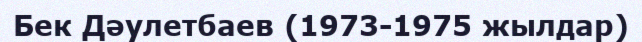
Бек Дәулетбаев (1973-1975 жылдар)